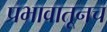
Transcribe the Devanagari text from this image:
प्रभावातूनच